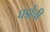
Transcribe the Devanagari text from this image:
घडोंची